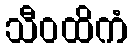
သီဝထိကံ